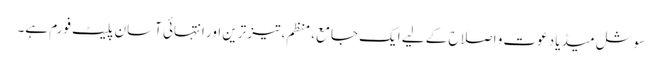
سوشل میڈیا دعوت و اصلاح کے لیے ایک جامع، منظم، تیز ترین اور انتہائی آسان پلیٹ فورم ہے۔